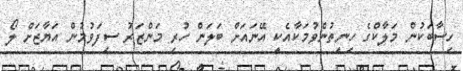
ހިސާބަކުން މަލާކްގެ ހިނިތުންވުމަކާއެކީ އޭނައަށް ބަލަން ހުރި މަންޒަރު ސިފަވުމުން އަޔާޒަށް ލޯ